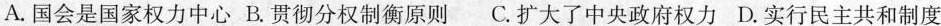
A.国会是国家权力中心 B.贯彻分权制衡原则 C.扩大了中央政府权力 D.实行民主共和制度